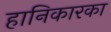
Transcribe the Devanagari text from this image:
हानिकारका